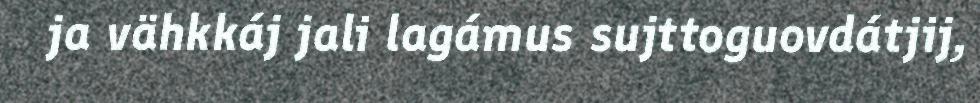
ja vähkkáj jali lagámus sujttoguovdátjij,